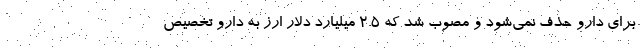
برای دارو حذف نمی‌‌شود و مصوب شد که ۲.۵ میلیارد دلار ارز به دارو تخصیص